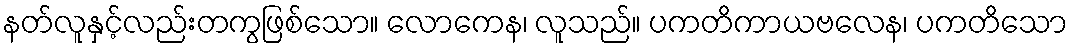
နတ်လူနှင့်လည်းတကွဖြစ်သော။ လောကေန၊ လူသည်။ ပကတိကာယဗလေန၊ ပကတိသော